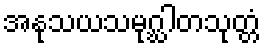
အနုသယသမုဂ္ဃါတသုတ္တံ